Leaving Certificate Examination (including Day School Certificate (Higher) General paper), 1935
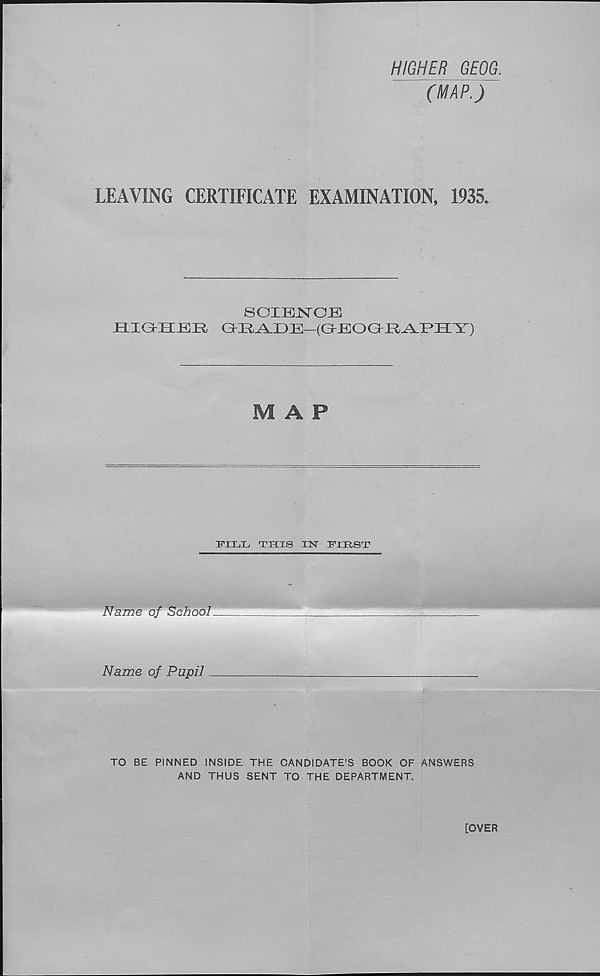
QlcL
)m*ton
rouii
■ 'RroofSe^L
Baiito/i\ C M,
u&terwm
o&’Tr 7 '
SUmvaxiu Cfl
.RacAiV,’
UMOLUS
■ eperi
S Ct/hJ.
30 i
il n r .
LA MCA &
\VprfZnirt}
: v.' -Vv^i \jL‘oujU'.
‘Axffc &«!*■
M Xoc/y
JCnigMk
>en^707>.
f<nait
' FTeivlaruJ.
Jfo.
'upon
^SU/nervi
■ Baivdff
*UUteizd$}oiiP
ThornwelXk
Ckurrut uuuJ,.
I Co wltu
fath.ern
iric/cW^-*.
/jitfJettifb
S'Wa rtf i j
l^ordi
' AFiclxJ-
h'ymJi
•hvoodA -F.
1,675135.
Copjndgh.t Reserved.
4 .1 2 1 O
Scale of Oiie Incli to One Statute Mile
123
Ord.Tia.nae Survey, 1933.
5 Miles
8 Kilometres